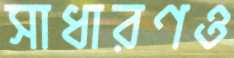
সাধারণও